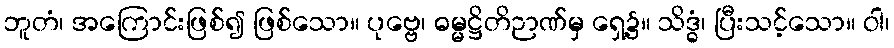
ဘူတံ၊ အကြောင်းဖြစ်၍ ဖြစ်သော။ ပုဗ္ဗေ၊ ဓမ္မဋ္ဌိတိဉာဏ်မှ ရှေ့၌။ သိဒ္ဓံ၊ ပြီးသင့်သော။ ဝါ၊